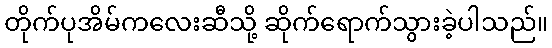
တိုက်ပုအိမ်ကလေးဆီသို့ ဆိုက်ရောက်သွားခဲ့ပါသည်။